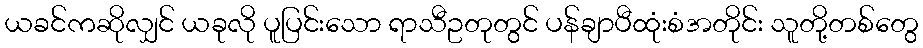
ယခင်ကဆိုလျှင် ယခုလို ပူပြင်းသော ရာသီဥတုတွင် ပန်ချာပီထုံးစံအတိုင်း သူတို့တစ်တွေ